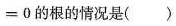
= 0$$的根的情况是( )